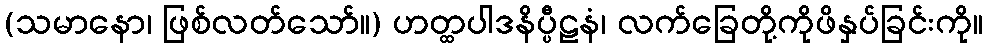
(သမာနော၊ ဖြစ်လတ်သော်။) ဟတ္ထပါဒနိပ္ပီဠနံ၊ လက်ခြေတို့ကိုဖိနှပ်ခြင်းကို။